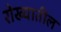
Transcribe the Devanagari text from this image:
रोख्यातील